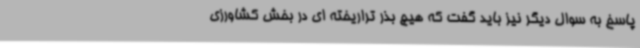
پاسخ به سوال دیگر نیز باید گفت که هیچ بذر تراریخته ای در بخش کشاورزی